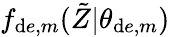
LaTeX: f_{\mathrm{d}e,m}(\tilde{{Z}}|\theta_{\mathrm{d}e,m})